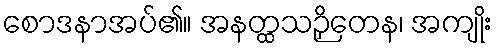
စောဒနာအပ်၏။ အနတ္ထသဉှိတေန၊ အကျိုး